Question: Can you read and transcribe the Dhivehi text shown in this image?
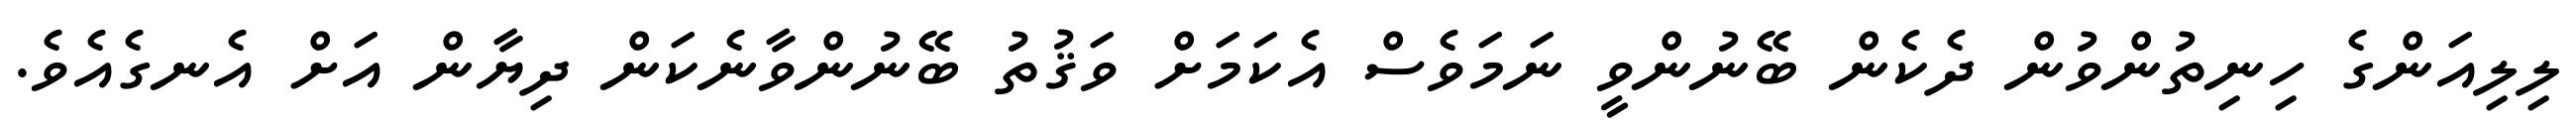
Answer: ލިލިއަންގެ ހިނިތުންވުން ދެކެން ބޭނުންވީ ނަމަވެސް އެކަމަށް ވަޤުތު ބޭނުންވާނެކަން ދިޔާން އަށް އެނގެއެވެ.